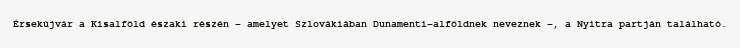
Érsekújvár a Kisalföld északi részén – amelyet Szlovákiában Dunamenti-alföldnek neveznek –, a Nyitra partján található.